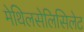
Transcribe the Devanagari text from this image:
मेथिलसेलिसिलेट